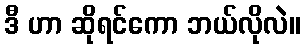
ဒီ ဟာ ဆိုရင်ကော ဘယ်လိုလဲ။